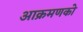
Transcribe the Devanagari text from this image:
आक्रमणको